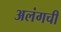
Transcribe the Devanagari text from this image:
अलंगची